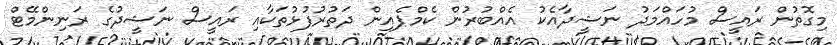
މިގޮތުން ރައީސް މުހައްމަދު ނަޝީދާއެކު އެއްބުރުން ކެމްޕެއިން ދަތުރުފުޅުތަކާއި ރައީސް ނަޝީދުގެ ރަނިންމޭޓް